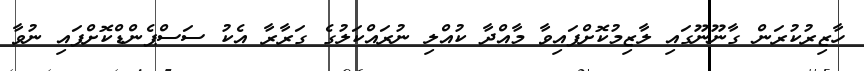
ހާޒިރުކުރަން ގާނޫނޫގައި ލާޒިމުކޮށްފައިވާ މާއްދާ ކުއްލި ނުރައްކަލުގެ ގަރާރާ އެކު ސަސްޕެންޑްކޮށްފައި ނުވާ